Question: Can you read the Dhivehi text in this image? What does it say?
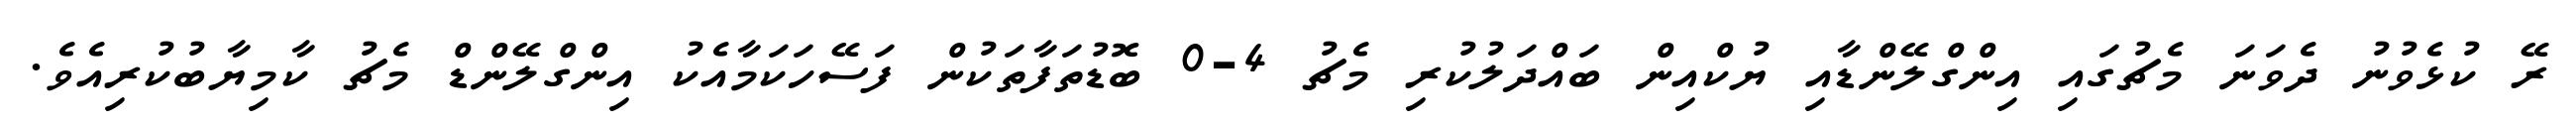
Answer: ރޭ ކުޅެވުނު ދެވަނަ މެޗުގައި އިންގްލޭންޑާއި ޔުކްއިން ބައްދަލުކުރި މެޗު 4-0 ބޮޑުތަފާތަކުން ފަސޭހަކަމާއެކު އިންގްލޭންޑް މެޗު ކާމިޔާބުކުރިއެވެ.